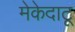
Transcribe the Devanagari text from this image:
मेकेदाटू